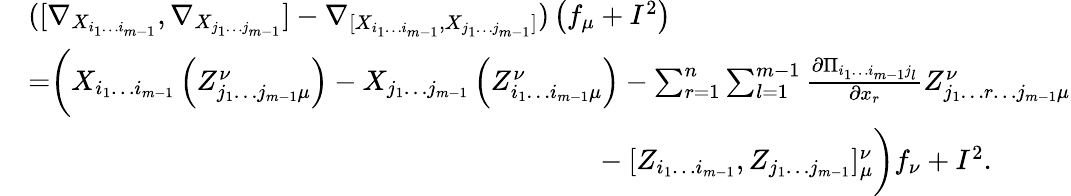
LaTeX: \begin{array}{rl}&{([\nabla_{X_{i_{1}\dotsc i_{m-1}}},\nabla_{X_{j_{1}\dotsc j_{m-1}}}]-\nabla_{[X_{i_{1}\dotsc i_{m-1}},X_{j_{1}\dotsc j_{m-1}}]})\left(f_{\mu}+I^{2}\right)}\\ &{=\biggr(X_{i_{1}\dotsc i_{m-1}}\left(Z_{j_{1}\dotsc j_{m-1}\mu}^{\nu}\right)-X_{j_{1}\dotsc j_{m-1}}\left(Z_{i_{1}\dotsc i_{m-1}\mu}^{\nu}\right)-\sum_{r=1}^{n}\sum_{l=1}^{m-1}\frac{\partial\Pi_{i_{1}\dotsc i_{m-1}j_{l}}}{\partial x_{r}}Z_{j_{1}\dotsc r\dotsc j_{m-1}\mu}^{\nu}}\\ &{\ \ \ \ \ \ \ \ \ \ \ \ \ \ \ \ \ \ \ \ \ \ \ \ \ \ \ \ \ \ \ \ \ \ \ \ \ \ \ \ \ \ \ \ \ \ \ \ \ \ \ \ \ \ \ \ \ \ \ \ \ \ \ \ \ \ \ \ \ \ \ \ \ \ \ \ \ \ \ \ -[Z_{i_{1}\dotsc i_{m-1}},Z_{j_{1}\dotsc j_{m-1}}]_{\mu}^{\nu}\biggl)f_{\nu}+I^{2}.}\end{array}